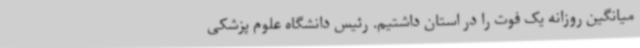
میانگین روزانه یک فوت را در استان داشتیم. رئیس دانشگاه علوم پزشکی